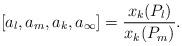
LaTeX: \begin{align*}[a_l,a_m,a_k,a_{\infty}]= \frac{x_k(P_l)}{x_k(P_m)}.\end{align*}